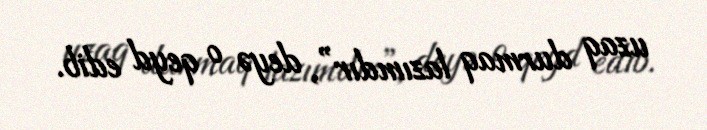
uzaq durmaq lazımdır”, deyə o qeyd edib.